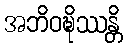
အဘိဝဍ္ဎိဿန္တိ